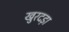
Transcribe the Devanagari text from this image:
खुरदड़ा